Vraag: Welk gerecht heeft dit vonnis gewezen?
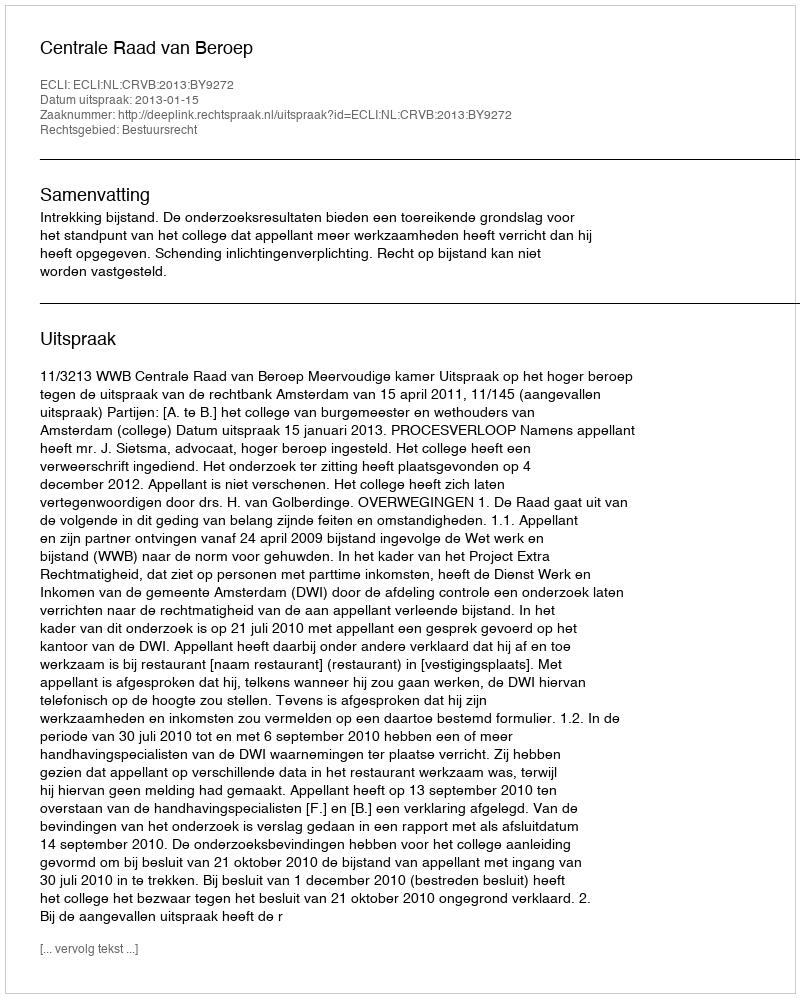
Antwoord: Centrale Raad van Beroep